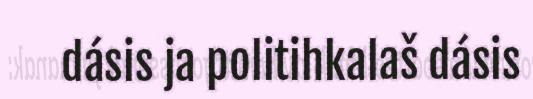
dásis ja politihkalaš dásis